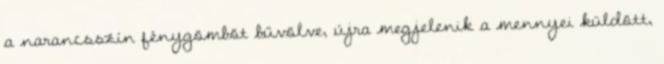
a narancsszín fénygömböt bűvölve, újra megjelenik a mennyei küldött,